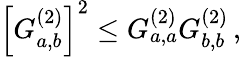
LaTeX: \left[G_{a,b}^{(2)}\right]^{2}\leq G_{a,a}^{(2)}G_{b,b}^{(2)}\, ,